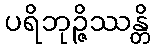
ပရိဘုဉ္ဇိဿန္တိ